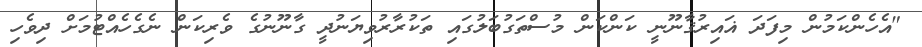
"އެހެންކަމުން މިފަދަ ޣައިރުޤާނޫނީ ކަންކަން މުސްތަގުބަލުގައި ތަކުރާރުވިޔަނުދީ ގާނޫނުގެ ވެރިކަން ނެގެހެއްޓުމަށް ދިވެހި